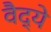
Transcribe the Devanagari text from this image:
वैद्ये